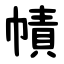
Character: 幘